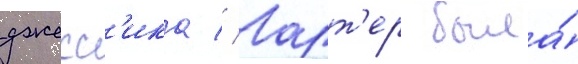
джесс'ика // Ларт'ер была́